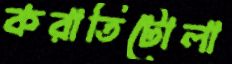
করাতিটোলা